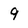
Character: 9